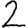
Digit: 2